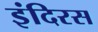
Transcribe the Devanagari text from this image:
इंदिरस